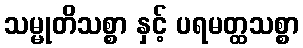
သမ္မုတိသစ္စာ နှင့် ပရမတ္ထသစ္စာ